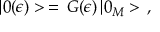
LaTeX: | 0 ( \epsilon ) > \, = \, G ( \epsilon ) \, | 0 _ { M } > \, { , }